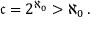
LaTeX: { \mathfrak { c } } = 2 ^ { \aleph _ { 0 } } > \aleph _ { 0 } \, .